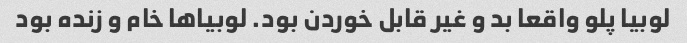
لوبیا پلو واقعا بد و غیر قابل خوردن بود. لوبیا‌ها خام و زنده بود